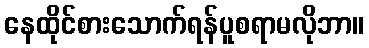
နေထိုင်စားသောက်ရန်ပူစရာမလိုဘာ။